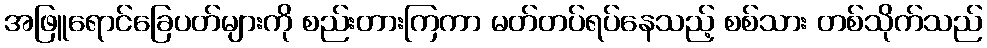
အဖြူရောင်ခြေပတ်များကို စည်းတားကြကာ မတ်တပ်ရပ်နေသည့် စစ်သား တစ်သိုက်သည်